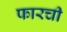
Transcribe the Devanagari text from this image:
फारची